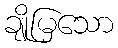
ချိုမြသော